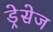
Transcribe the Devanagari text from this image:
ड्रेसेज